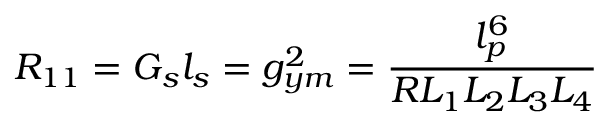
R _ { 1 1 } = G _ { s } l _ { s } = g _ { y m } ^ { 2 } = \frac { l _ { p } ^ { 6 } } { R L _ { 1 } L _ { 2 } L _ { 3 } L _ { 4 } }